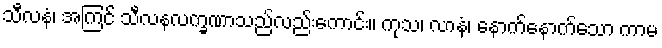
သီလနံ၊ အကြင် သီလနလက္ခဏာသည်လည်းကောင်း။ ကုသ၊ လာနံ၊ နောက်နောက်သော ကာမ